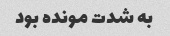
به شدت مونده بود